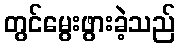
တွင်မွေးဖွားခဲ့သည်